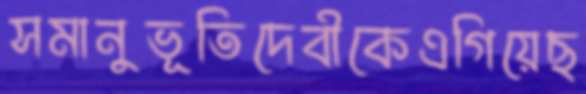
সমানুভূতিদেবীকেএগিয়েছ